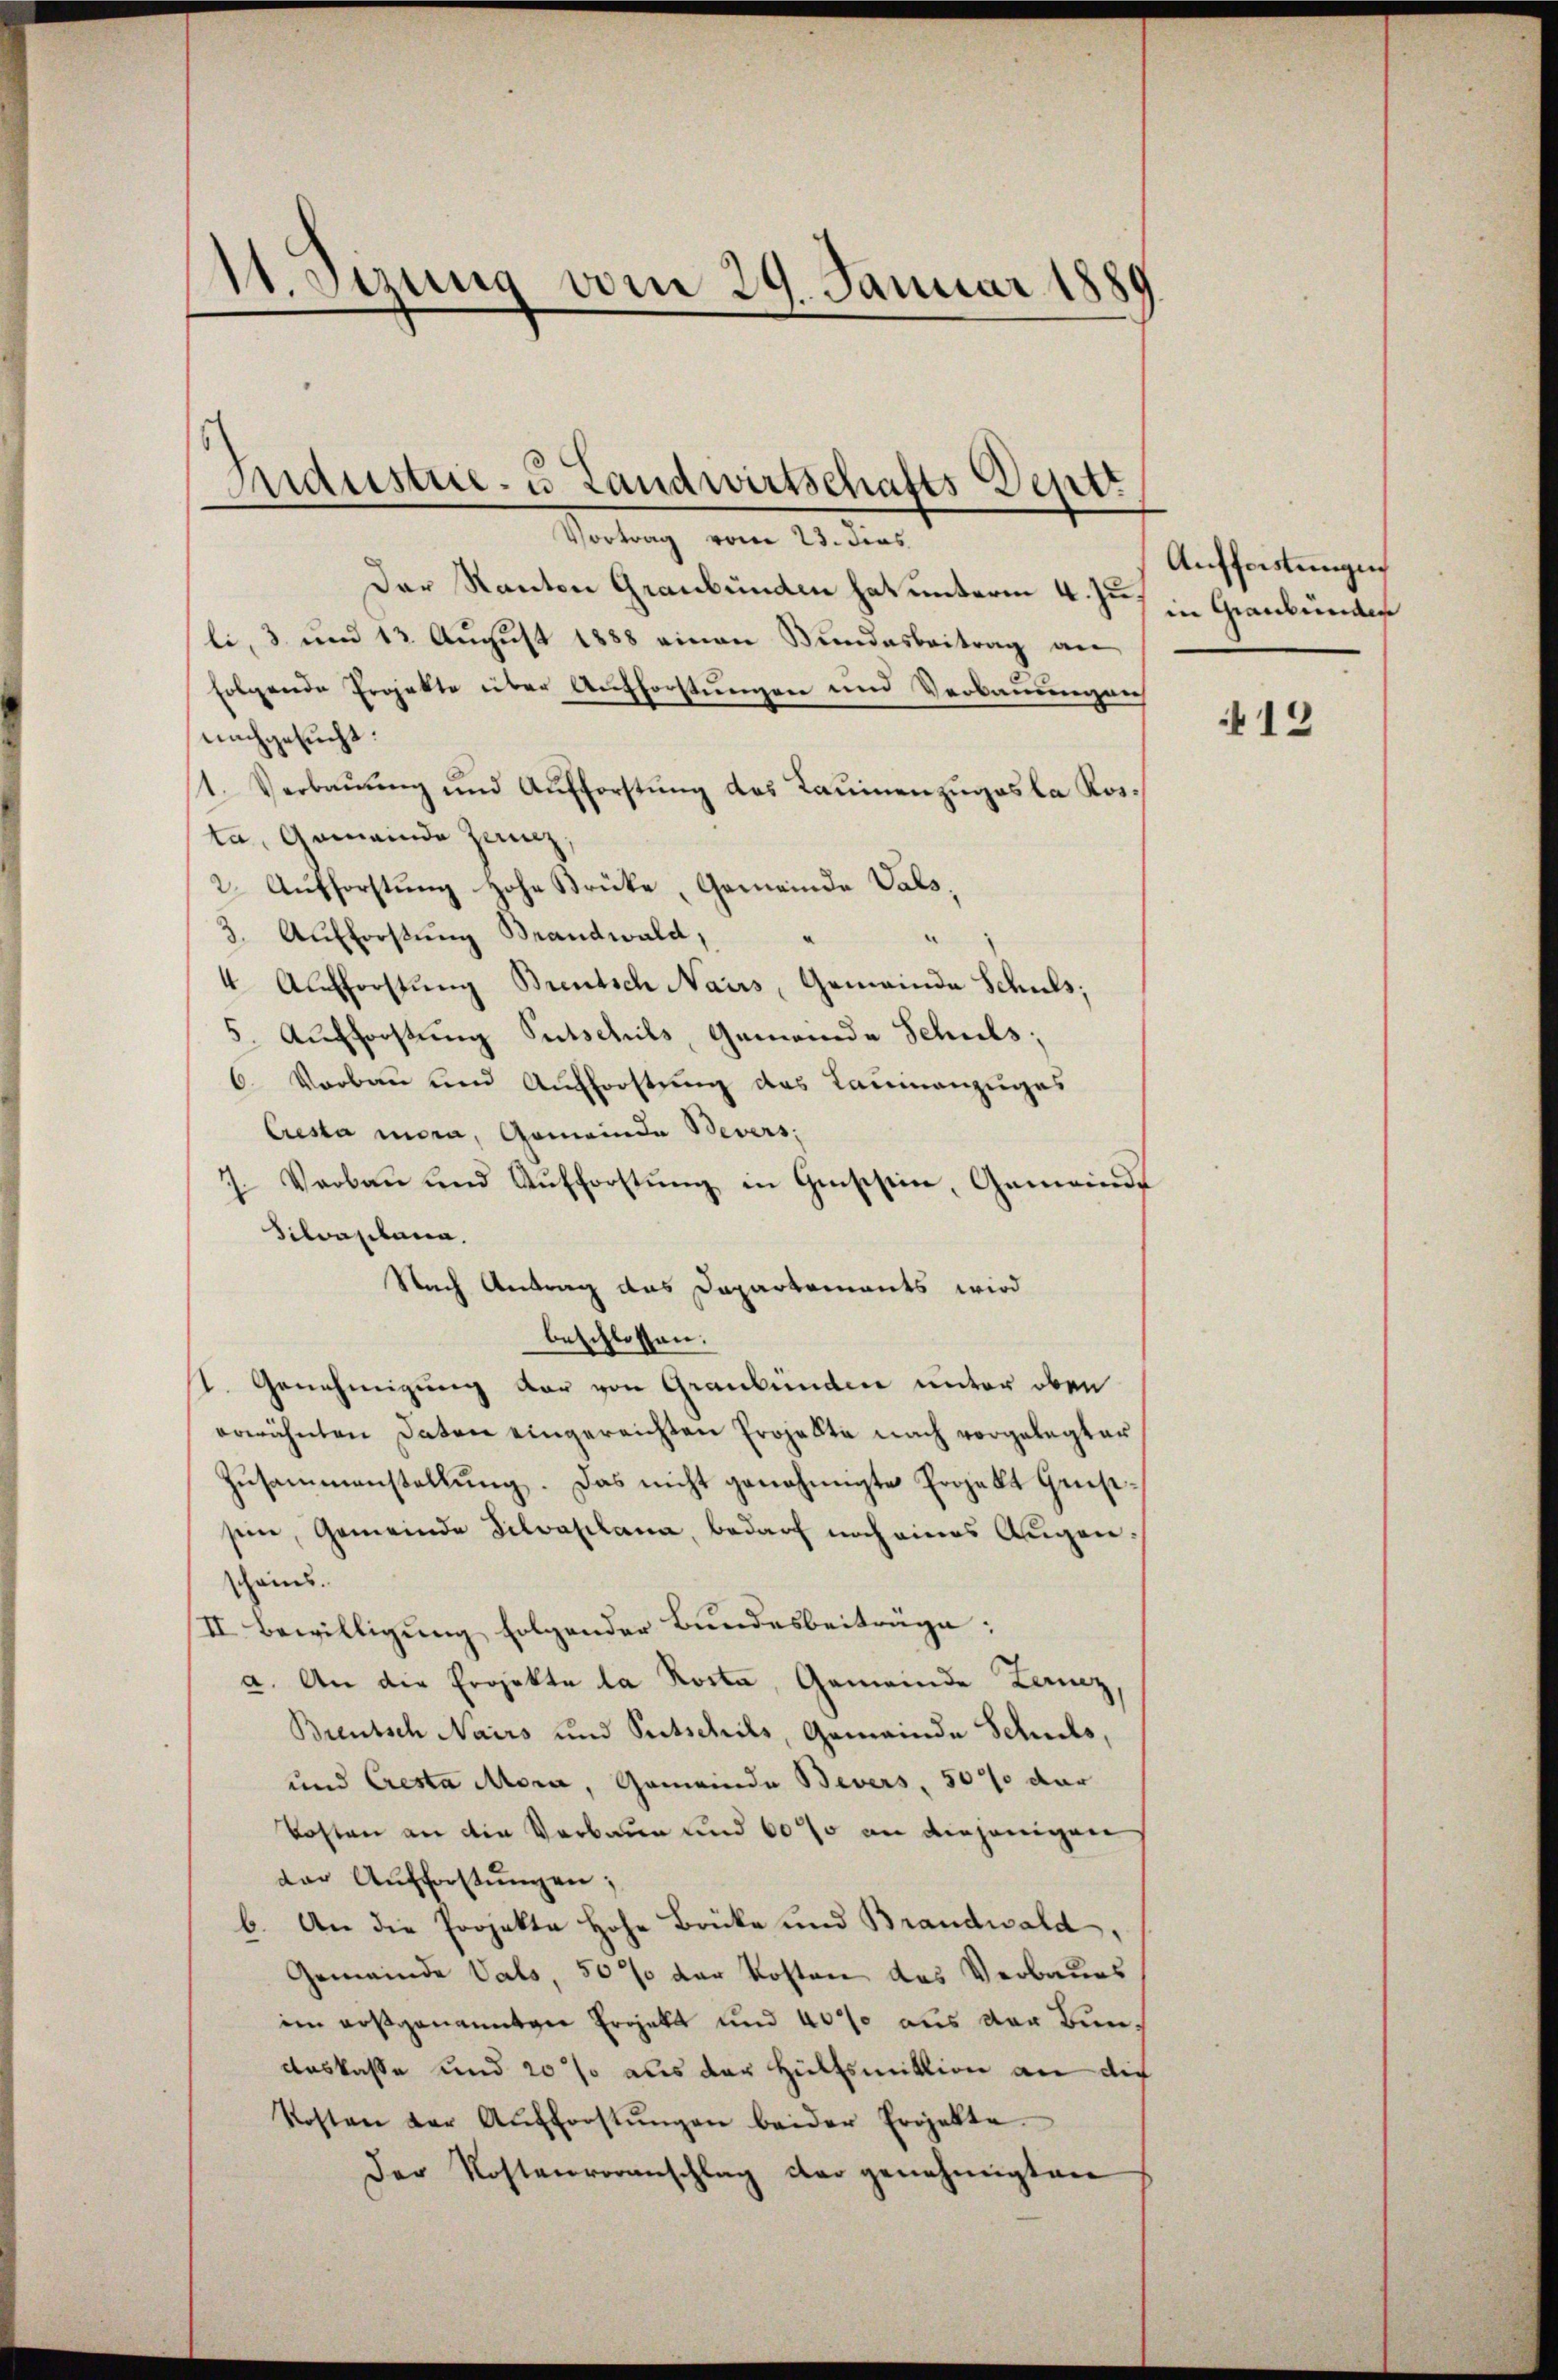
11. Sizung vom 29. Januar 1889

Industrie- u Landwirtschafts Deptr
Vortrag vom 23. dies

Der Kanton Graubünden hat unterm 4. Jus in Graubünder
li, 3 und 12. Aŭgŭst 1888 einen Bŭndesbeitrag an
folgende Projekte über Aufforstungen und Verbauungen
nachgesucht:
s1. Verbauung und Aufforstung des Raumenzugaska Kosta, Gemeinde Zanz.
2. Aufforstung hohe Strücke, Gemeinde Vals,
3. Aufforstung Brandwald,
4 Aufforstung Brentsch Nairs, Gemeinde Schuls;
5. Aufforstung Gutschils, Gemeinde Schuls;
6. Vorbau und Aufforstung das Laumanzuges
Cresta mora, Gemeinde Severs
7. Verbau und Aŭfforstŭng in Geschein, Gemeinde
Silvaplana.
Nach Antrag das Dapartements wird
beschlossen:
1. Genehmigung der von Graubünden unter oben
erwähnten Daten eingereichten Projekte nach vorgelegter
Zusammenstellung. Das nicht genehmigte Projekt Genstseine, Gemeinde Silvaplana, bedarf noch eines Augenscheins.
II. Bewilligung folgender Bundesbeiträge:
a. An die Projekte la Rosta, Gemeinde Lanz
Brentsch Nairs und Putschils, Gemeinde Schuls,
und Cresta Mora, Gemeinde Bevers, 507 dar
kosten an die Verbaue und 60% an diejenigen
der Aufforstungen;
b. An die Projekte Hohe Brücke und Brandwald
Gemeinde Vals 50% der Kosten das Verbaues
im ausgenannten Ergiebt und 400 aus der Bun¬
Auskasse und 20 % aus der Hülfsmittion an die
Kosten der Aufforstŭngen beider Projekte
Der Kostenvoranschlag der genehmigten

Aufforstungen

413